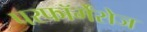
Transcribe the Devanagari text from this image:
परफॉर्मेंसेज